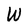
Character: W